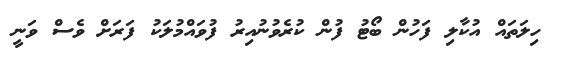
ހިލަތައް އުކާލި ފަހުން ބޯޓު ފުން ކުރެވުނުއިރު ފުވައްމުލަކު ފަރަށް ވެސް ވަނީ